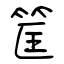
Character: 筐